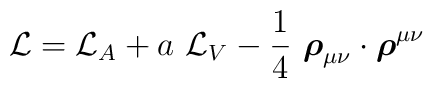
{\cal{L}}={\cal{L}}_A + a~{\cal{L}}_V -\frac{1}{4}~ \mbox{\boldmath$\rho$}_{\mu\nu}\cdot \mbox{\boldmath$\rho$}^{\mu\nu}